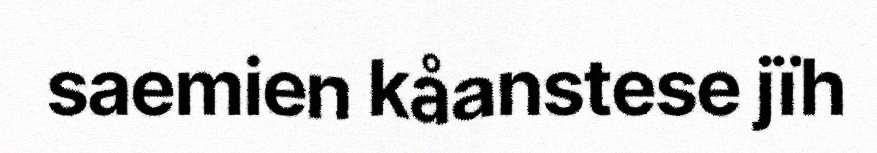
saemien kåanstese jïh